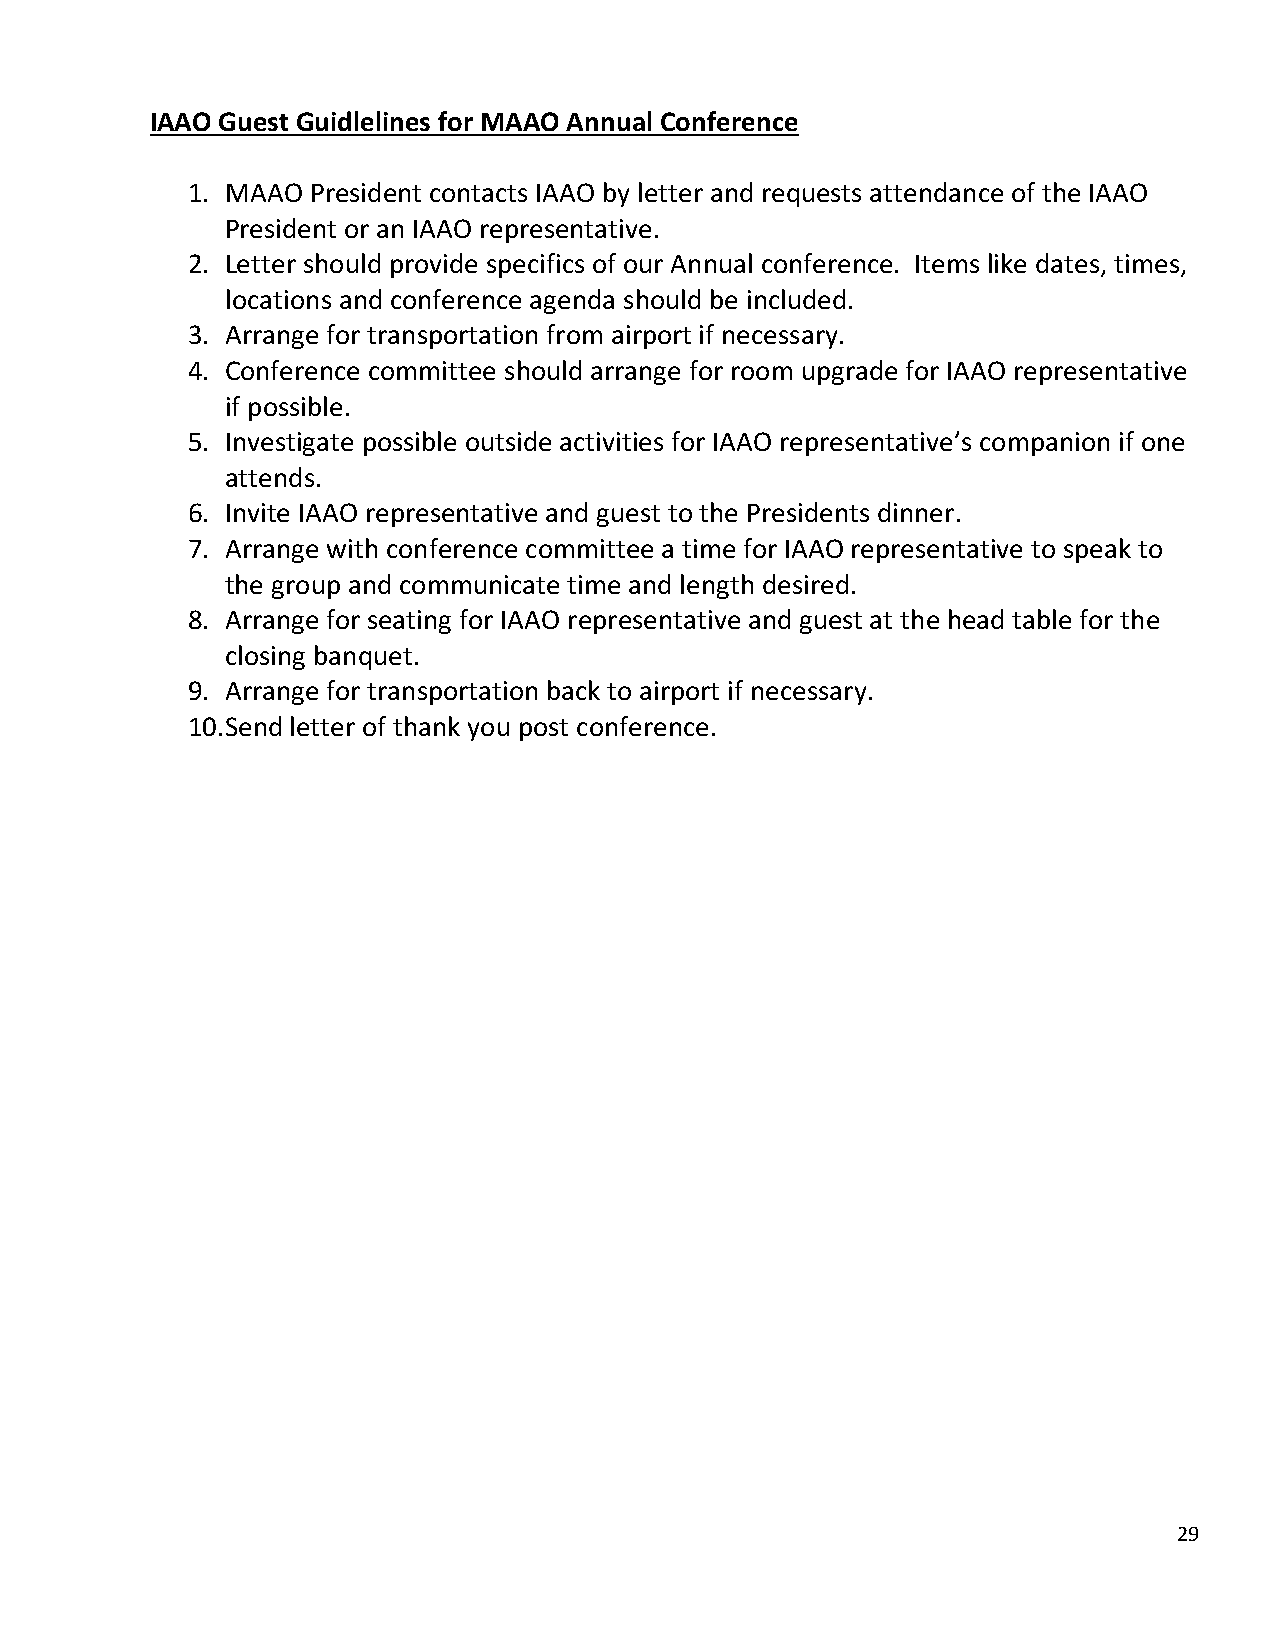
IAAO Guest Guidlelines for MAAO Annual Conference
 1. MAAO President contacts IAAO by letter and requests attendance of the IAAO
 President or an IAAO representative.
 2. Letter should provide specifics of our Annual conference. Items like dates, times,
 locations and conference agenda should be included.
 3. Arrange for transportation from airport if necessary.
 4. Conference committee should arrange for room upgrade for IAAO representative
 if possible.
 5. Investigate possible outside activities for IAAO representative’s companion if one
 attends.
 6. Invite IAAO representative and guest to the Presidents dinner.
 7. Arrange with conference committee a time for IAAO representative to speak to
 the group and communicate time and length desired.
 8. Arrange for seating for IAAO representative and guest at the head table for the
 closing banquet.
 9. Arrange for transportation back to airport if necessary.
 10. Send letter of thank you post conference.
 29